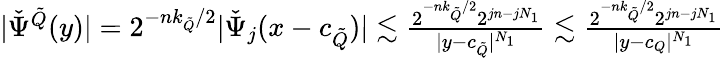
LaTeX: \begin{array}{r}{|\check{\Psi}^{\tilde{Q}}(y)|=2^{-nk_{\tilde{Q}}/2}|\check{\Psi}_{j}(x-c_{\tilde{Q}})|\lesssim\frac{2^{-nk_{\tilde{Q}}/2}2^{jn-jN_{1}}}{|y-c_{\tilde{Q}}|^{N_{1}}}\lesssim\frac{2^{-nk_{\tilde{Q}}/2}2^{jn-jN_{1}}}{|y-c_{Q}|^{N_{1}}}}\end{array}